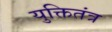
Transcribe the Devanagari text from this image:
युक्तितंत्र